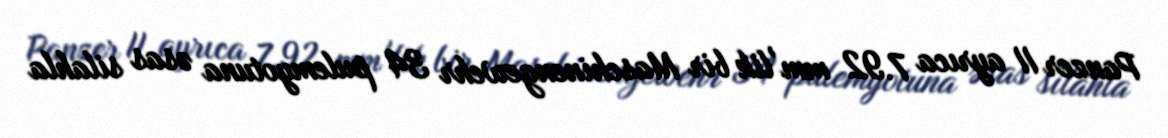
Panzer II ayrıca 7.92 mm'lik bir Maschinengewehr 34 pulemyotuna əsas silahla